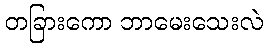
တခြားကော ဘာမေးသေးလဲ